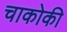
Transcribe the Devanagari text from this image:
चाकोकी